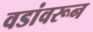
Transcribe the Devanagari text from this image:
वडांवरून